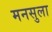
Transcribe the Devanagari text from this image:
मनसुला